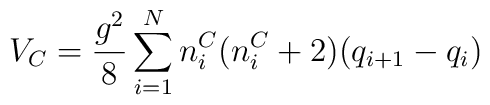
V_C = \frac{g^2 }{8} \sum_{i=1}^{N} n_i^C (n_i^C +2) (q_{i+1} -q_i )